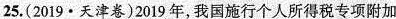
25.(2019·天津卷)2019年，我国施行个人所得税专项附加